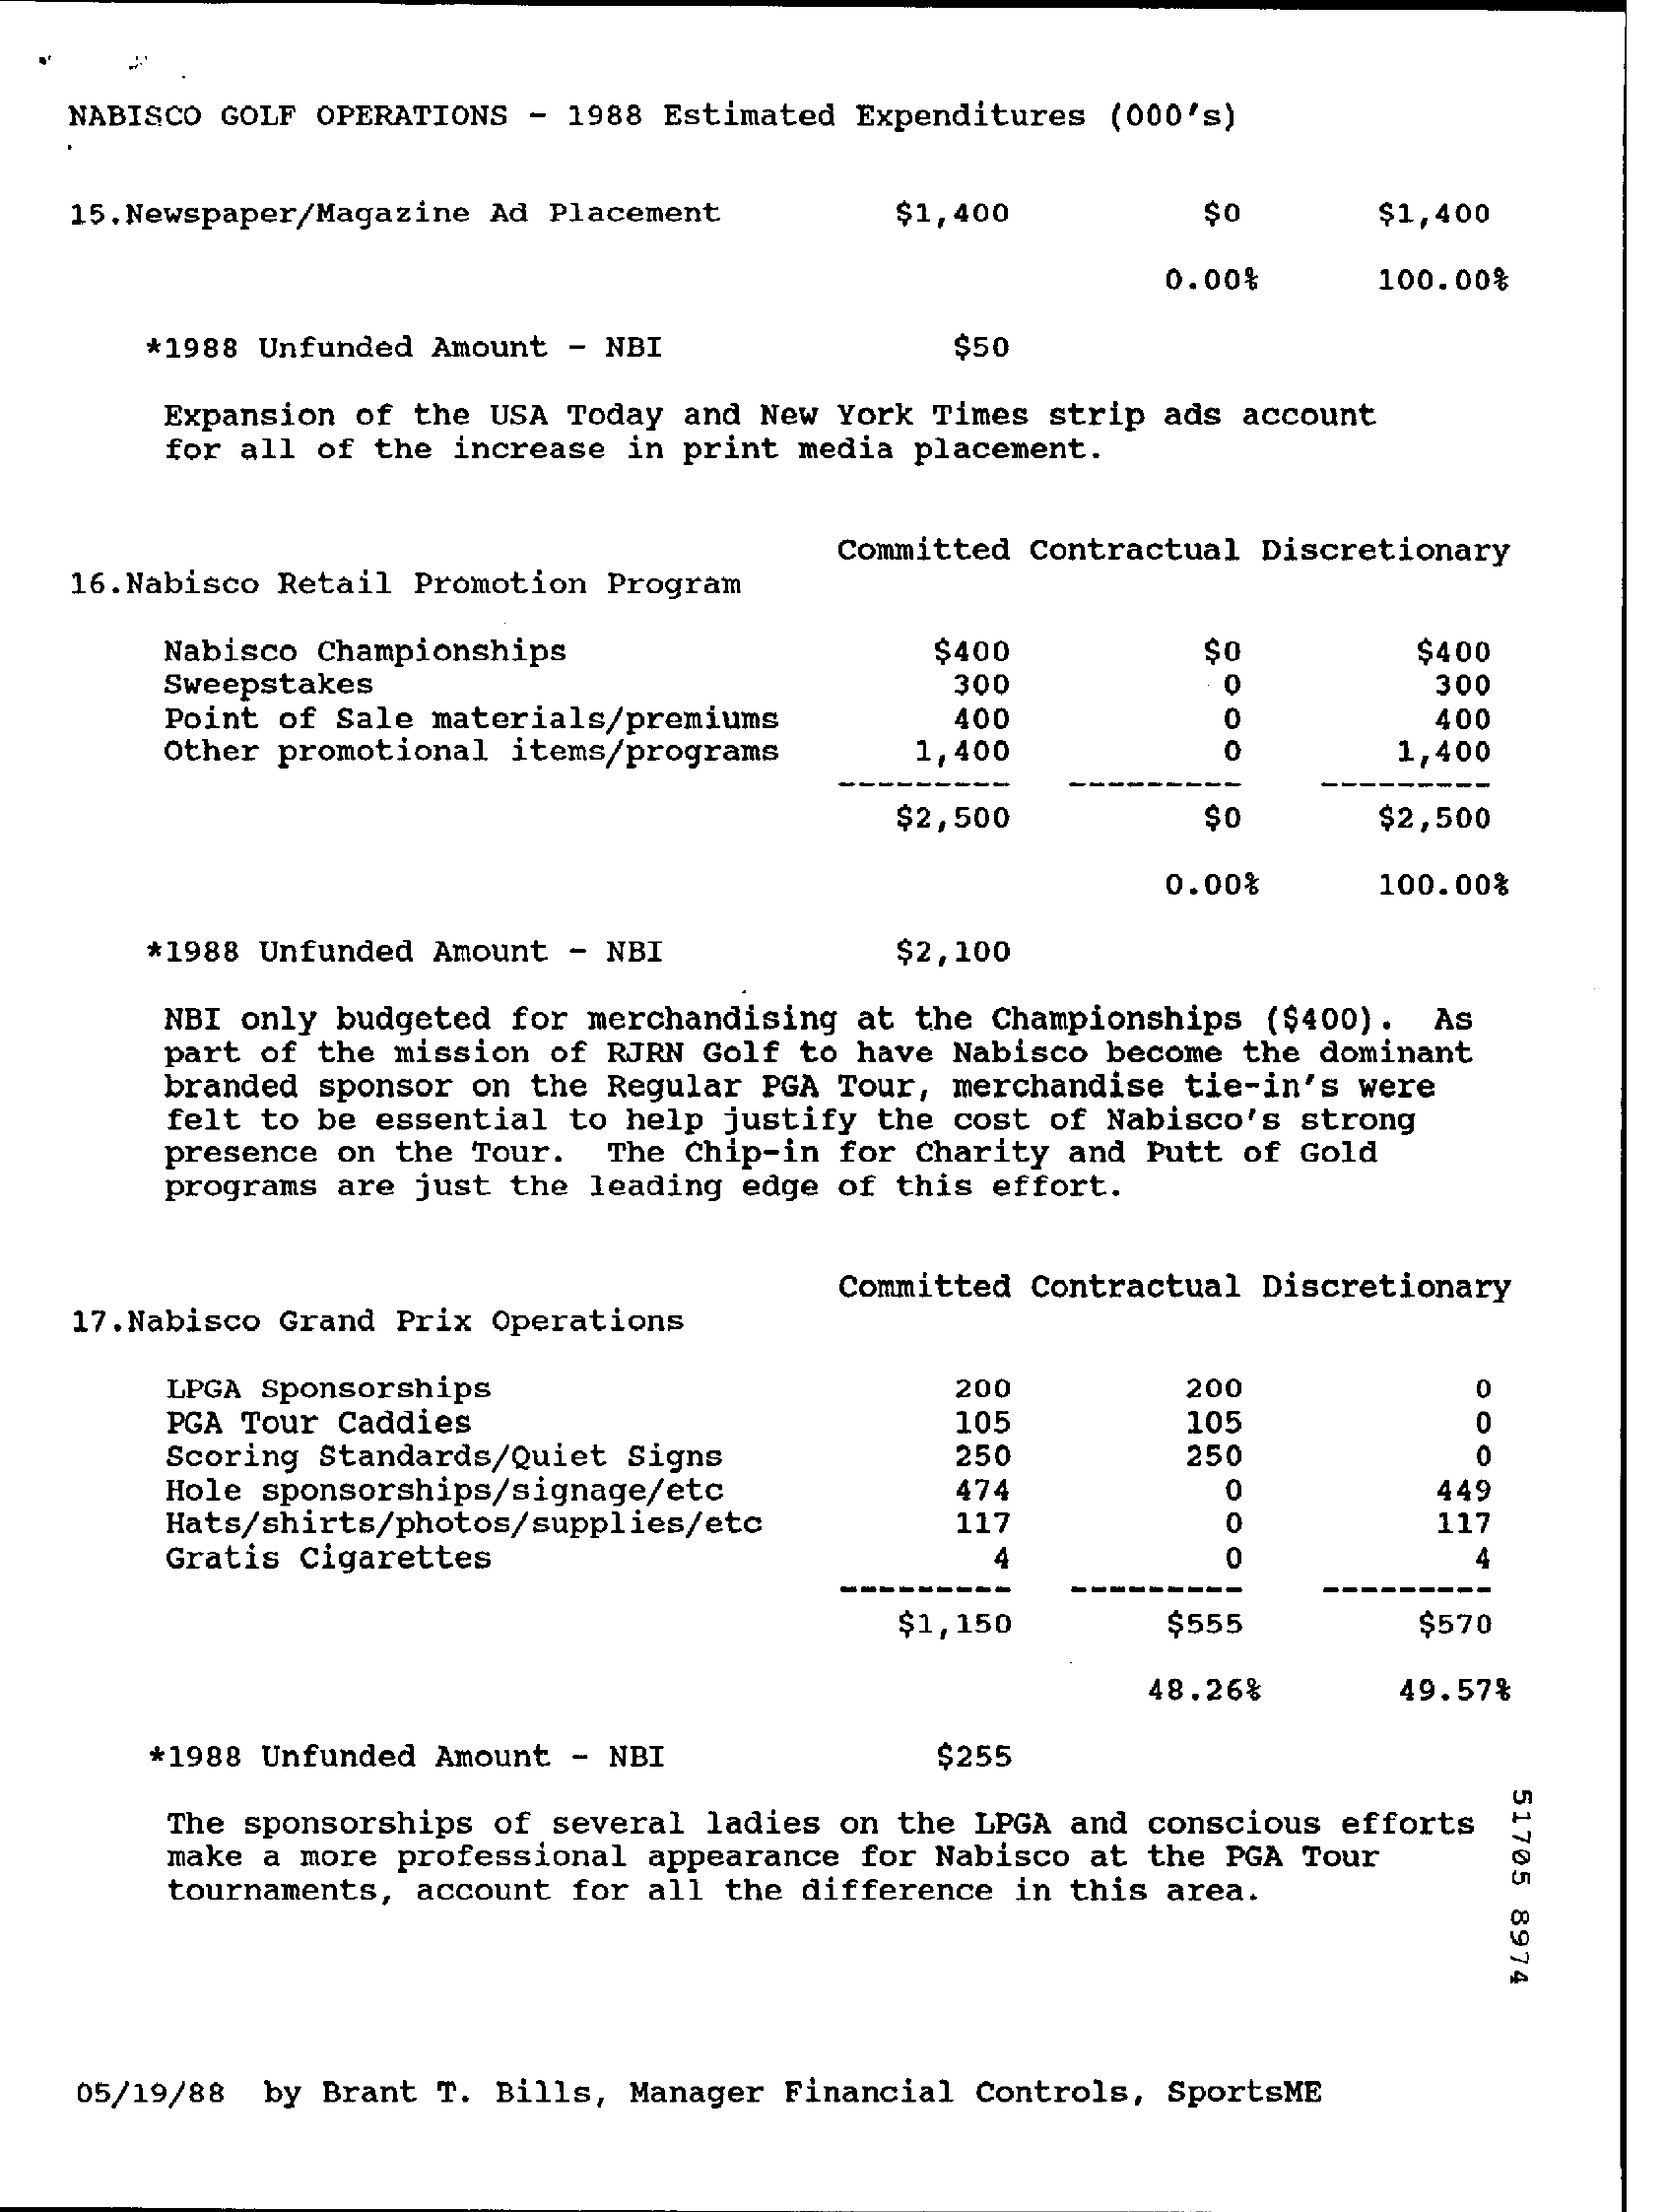
NABISCO GOLF OPERATIONS - 1988 Estimated Expenditures (000's)
   15. Newspaper/Magazine Ad Placement  $1,400    $0    $1,400
     0.00%    100.00%
     *1988 Unfunded Amount - NBI    $50
     Expansion of the USA Today and New York Times strip ads account
     for all of the increase in print media placement.
   16.Nabisco Retail Promotion Program
     Committed Contractual Discretionary
     Nabisco Championships    $400    $400
     Sweepstakes    300    0    300
     Point of Sale materials/premiums   400    0    400
     Other promotional items/programs 1,400    0    1,400
     $2,500    $0    $2,500
     0.00%    100.00%
     *1988 Unfunded Amount - NBI    $2,100
     NBI only budgeted for merchandising at the Championships ($400) . AS
     part of the mission of RJRN Golf to have Nabisco become the dominant
     branded sponsor on the Regular PGA Tour, merchandise tie-in's were
     felt to be essential to help justify the cost of Nabisco's strong
     presence on the Tour. The Chip-in for Charity and Putt of Gold
     programs are just the leading edge of this effort.
   17.Nabisco Grand Prix Operations
     Committed Contractual Discretionary
     LPGA Sponsorships    200    200    OO
     PGA Tour Caddies    105    105    0
     Scoring Standards/Quiet Signs    250    250    0
     Hole sponsorships/signage/etc    474    0    449
     Hats/shirts/photos/supplies/etc    117    0    117
     Gratis Cigarettes    0    4
     $1,150    $555    $570
     48.26%    49.57%
     *1988 Unfunded Amount - NBI    $255
     51705
     8974
     The sponsorships of several ladies on the LPGA and conscious efforts
     make a more professional appearance for Nabisco at the PGA Tour
     tournaments, account for all the difference in this area.
    05/19/88 by Brant T. Bills, Manager Financial Controls, SportsME